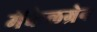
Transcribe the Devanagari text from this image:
मेंकेलग्रेन